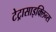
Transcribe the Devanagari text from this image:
टेट्रासाइक्लिन्स